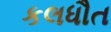
કલધૌત